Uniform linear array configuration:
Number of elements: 48
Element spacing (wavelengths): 0.75
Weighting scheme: cosine
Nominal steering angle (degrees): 0
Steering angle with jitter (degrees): -1.791
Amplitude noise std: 0.05
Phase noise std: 0.05

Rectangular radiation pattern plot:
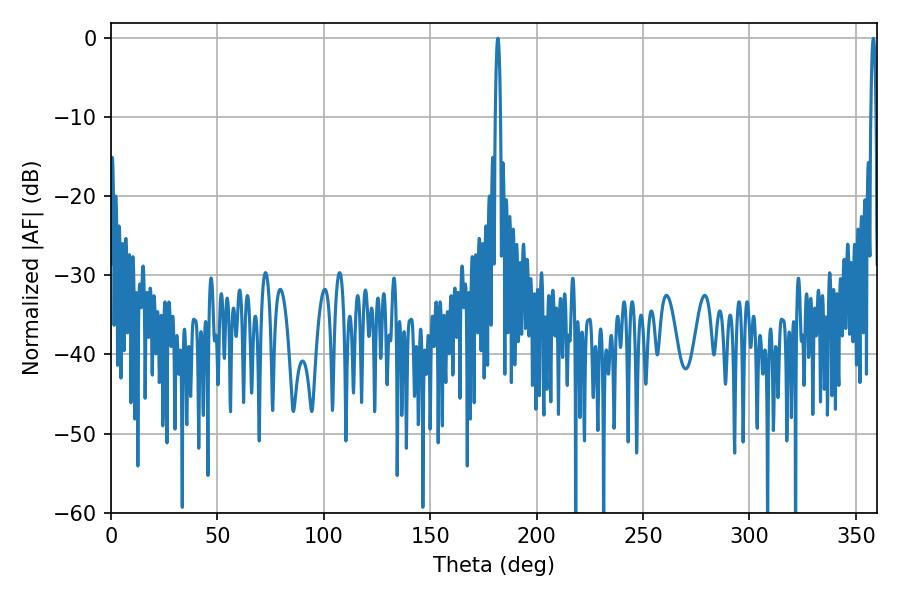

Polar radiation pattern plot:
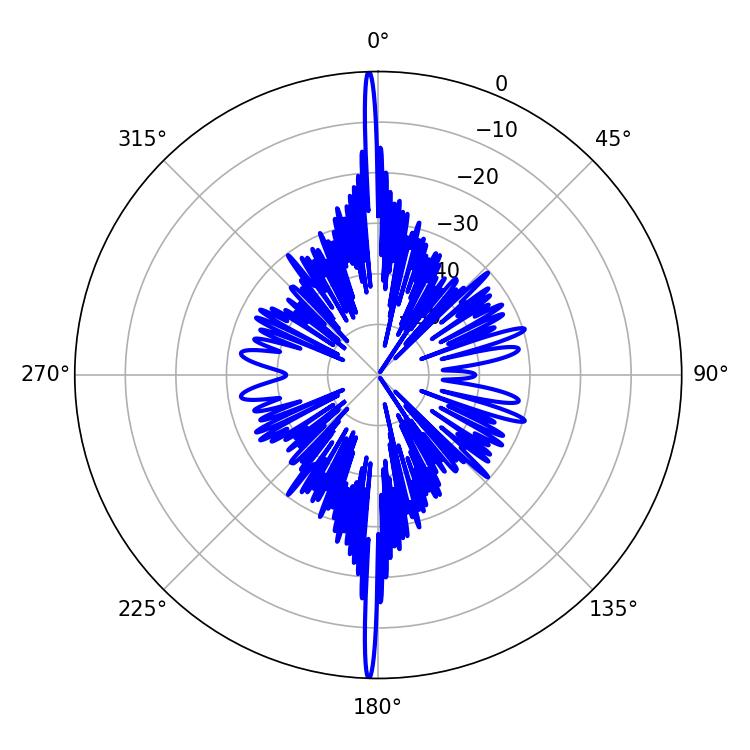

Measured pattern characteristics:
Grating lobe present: TRUE
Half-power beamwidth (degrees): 1.26
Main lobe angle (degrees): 358.2